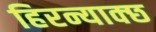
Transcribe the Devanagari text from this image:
हिरन्याक्छ